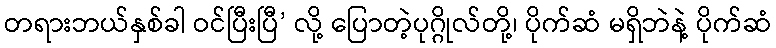
တရားဘယ်နှစ်ခါ ဝင်ပြီးပြီ’ လို့ ပြောတဲ့ပုဂ္ဂိုလ်တို့၊ ပိုက်ဆံ မရှိဘဲနဲ့ ပိုက်ဆံ